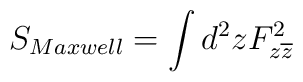
S_{Maxwell}=\int d^2zF_{z\overline{z}}^2